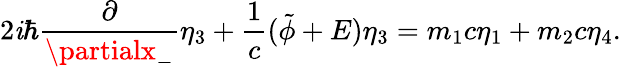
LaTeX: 2\mathit{i}{\hbar}\frac{{\partial}}{{\partialx_{-}}}{\eta}_{3}+\frac{{1}}{{c}}(\tilde{{\phi}}+E){\eta}_{3}=m_{1}c{\eta}_{1}+m_{2}c{\eta}_{4}.